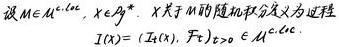
设$M\in\mathcal{M}^{d\times d}, X\in\mathcal{X}^{d\times d}$. $X$关于$M$的随机积分定义为过程
\[
I(X)=(I_t(X), \mathcal{F}_t)_{t\geq0}\in\mathcal{M}^{d\times d}.
\]